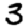
Digit: 3